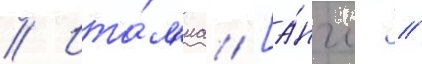
// Ита́л'иа [а́нгл. //